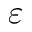
\varepsilon